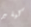
كيلير